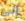
إلى